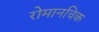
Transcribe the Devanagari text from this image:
रोमानचिक